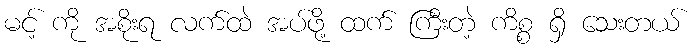
မင့် ကို အစိုးရ လက်ထဲ အပ်ဖို့ ထက် ကြီးတဲ့ ကိစ္စ ရှိ သေးတယ်